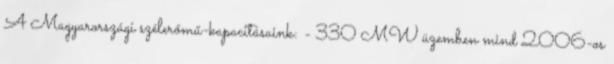
A Magyarországi szélerőmű-kapacitásaink: - 330 MW üzemben mind 2006-os